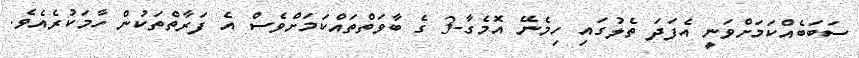
ސަބަބެއްކަމަށްވަނީ އެފަދަ ތެލުގައި ހިމެނޭ އޮމެގާ-3 ގެ ބާވަތްތައްކަމަށްވެސް އެ ފަރާތްތަކުން ހާމަކުރެއެވެ.